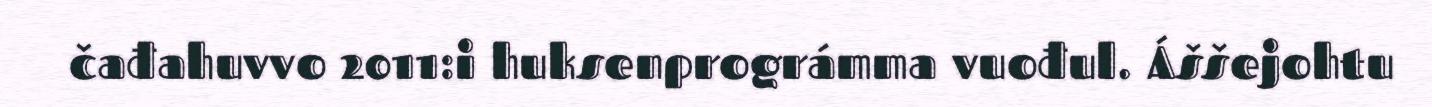
čađahuvvo 2011:i huksenprográmma vuođul. Áššejohtu